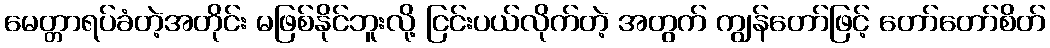
မေတ္တာရပ်ခံတဲ့အတိုင်း မဖြစ်နိုင်ဘူးလို့ ငြင်းပယ်လိုက်တဲ့ အတွက် ကျွန်တော်ဖြင့် တော်တော်စိတ်